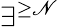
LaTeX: \exists^{\geq\mathscr{N}}